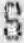
S